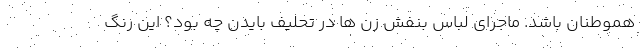
هموطنان باشد. ماجرای لباس بنفش زن ها در تحلیف بایدن چه بود؟ این رنگ